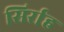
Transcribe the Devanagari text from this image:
सिर्राह